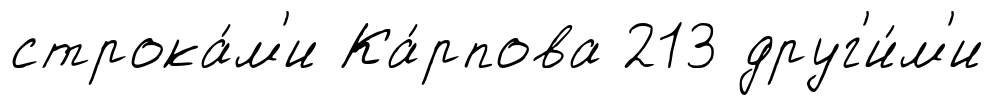
строка́м'и Ка́рпова 213 друг'и́м'и